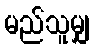
မည်သူမျှ